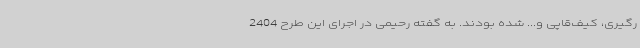
رگیری، کیف‌قاپی و... شده بودند. به گفته رحیمی در اجرای این طرح 2404